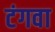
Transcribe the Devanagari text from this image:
टंगवा